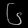
Digit: ၆